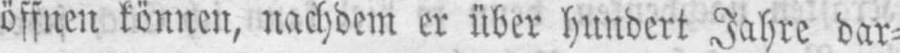
öffnen können, nachdem er über hundert Jahre dar⸗